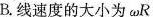
B.线速度的大小为ωR